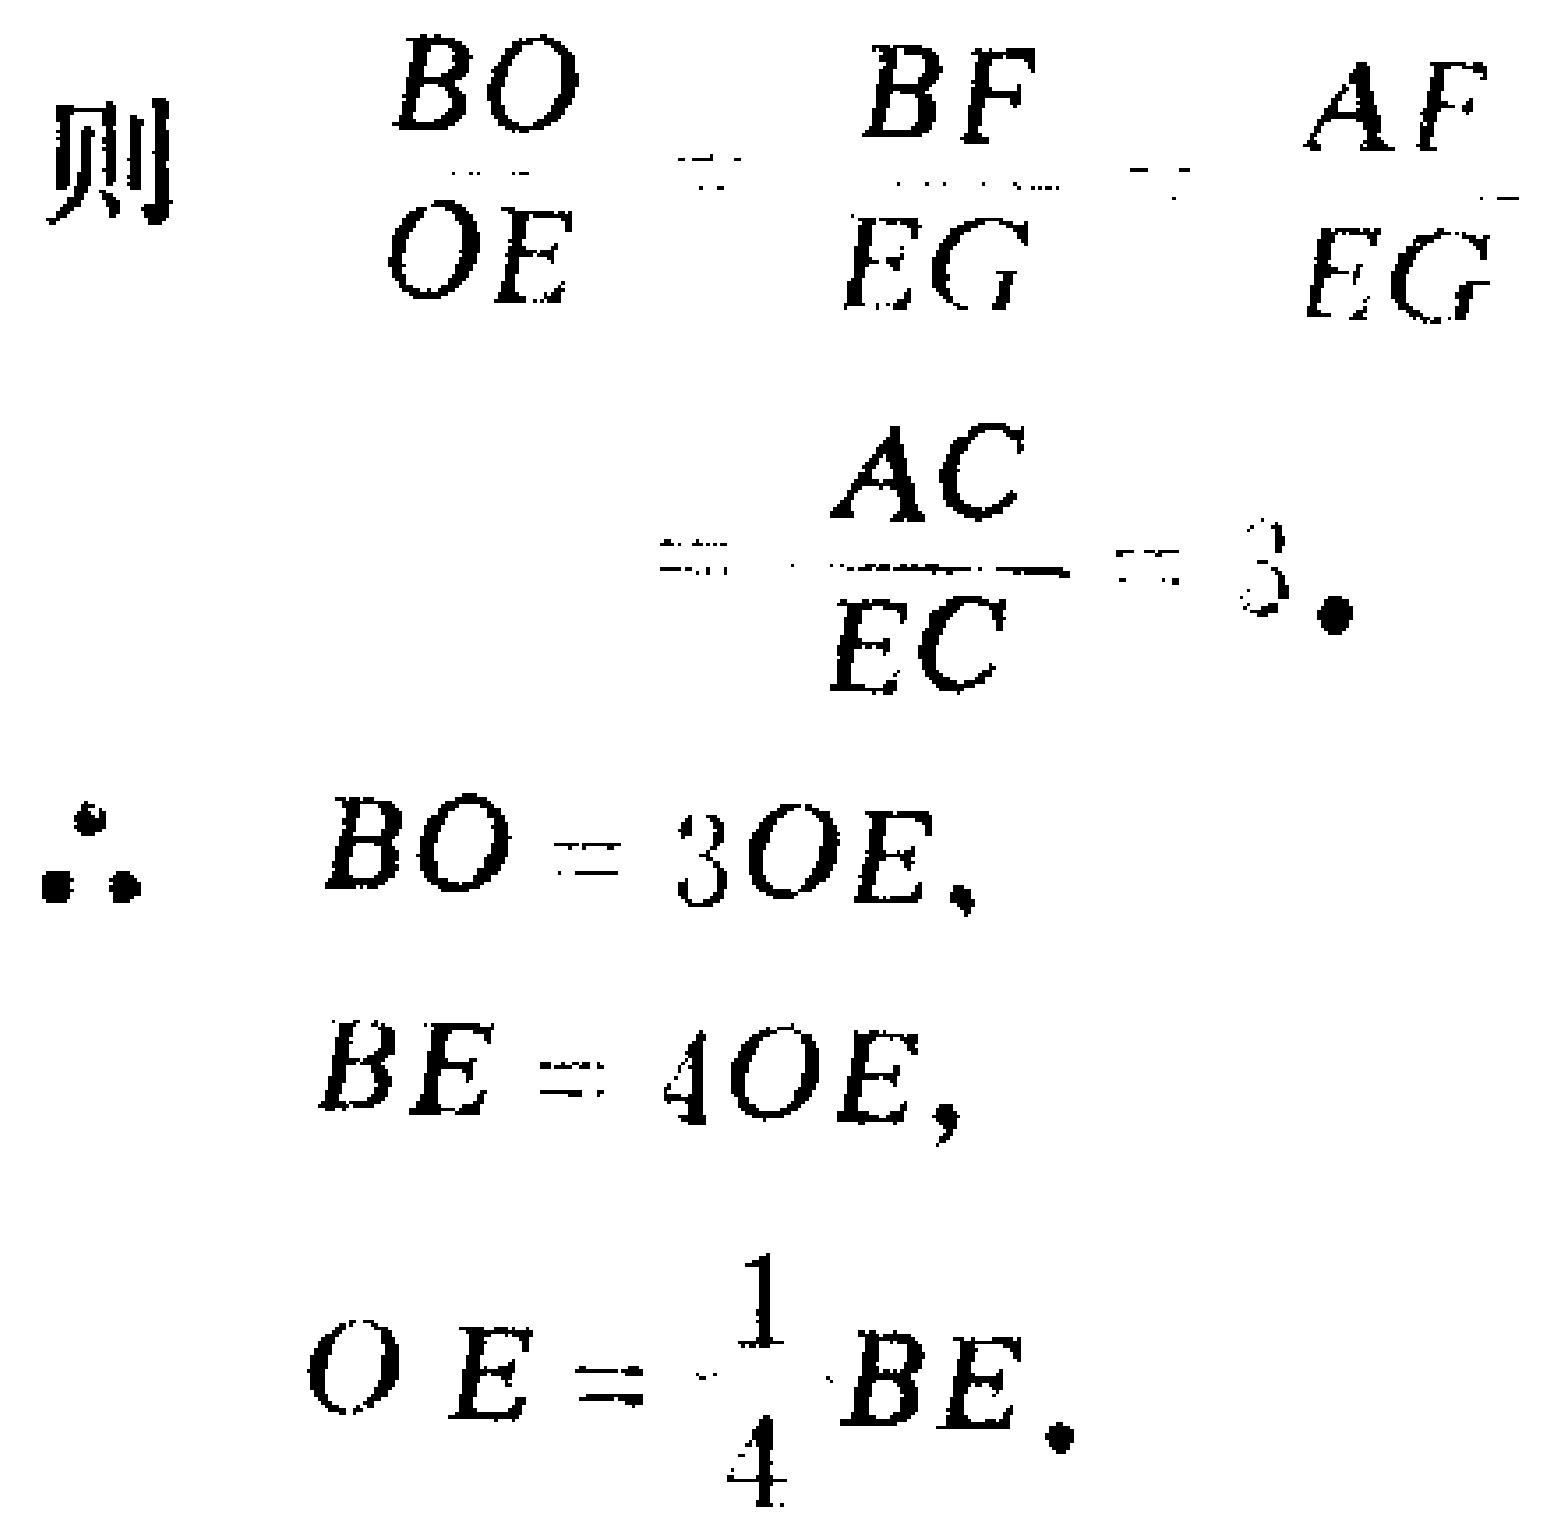
则

\[

\begin{align*}

\frac{BO}{OE}&=\frac{BF}{EG}=\frac{AF}{EG}\\

&=\frac{AC}{EC}=3.

\end{align*}

\]

\(\therefore BO = 3OE\)，

\(BE = 4OE\)，

\(OE=\frac{1}{4}BE.\)